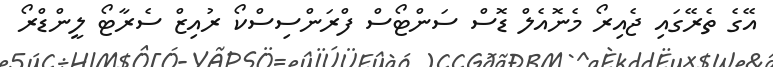
އޭގެ ތެރޭގައި ޖެއިރޯ މެނޮއެލް ޑޮސް ސަންޓޯސް ފްރަންސިސްކޯ ރުއިޒް ސެރާޓޯ ލީންޑްރޯ